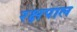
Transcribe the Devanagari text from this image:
रक्षपाल